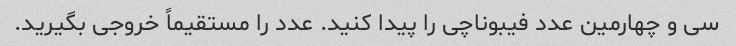
سی و چهارمین عدد فیبوناچی را پیدا کنید. عدد را مستقیماً خروجی بگیرید.